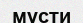
мусти